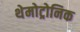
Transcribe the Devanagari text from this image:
थेमोट्रोनिक